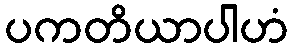
ပကတိယာပါဟံ